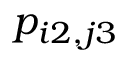
p _ { i 2 , j 3 }